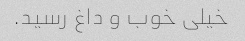
خیلی خوب و داغ رسید.